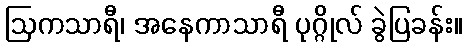
ဩကသာရီ၊ အနေကာသာရီ ပုဂ္ဂိုလ် ခွဲပြခန်း။